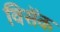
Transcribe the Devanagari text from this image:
विसेंक